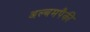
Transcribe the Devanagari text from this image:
अल्बमपैकी